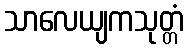
သာလေယျကသုတ္တံ